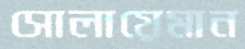
সোলায়েমান